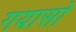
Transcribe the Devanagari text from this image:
गयासो